Code of medical and sanitary regulations for the guidance of medical officers serving in the Madras Presidency - Volume II
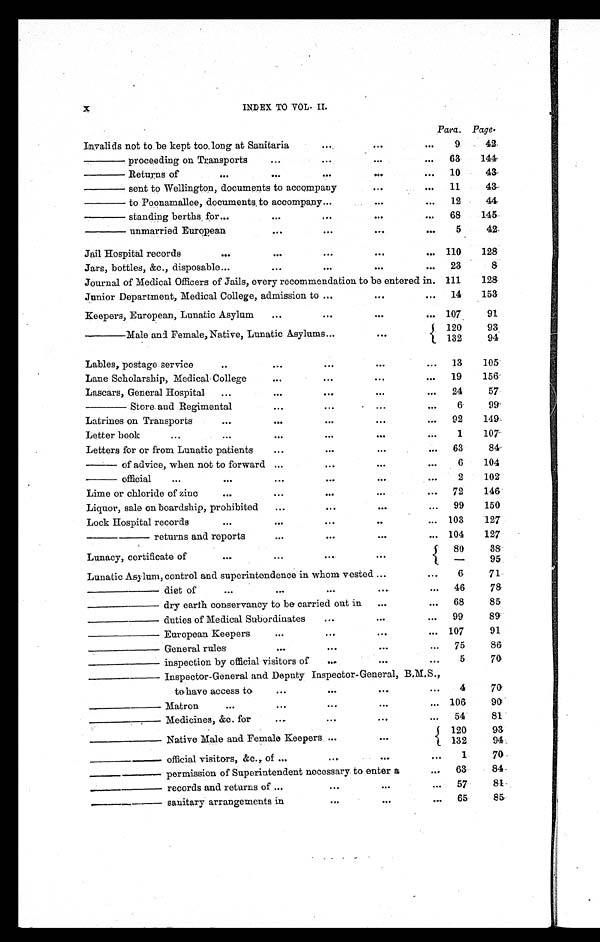
X
INDEX TO VOL. II.
Para. Page.
Invalids not to be kept too long at Sanitaria
...
...
. . .
9
42
—— proceeding on Transports
. . .
. . .
...
...
63
144
—— Returns of
...
. . .
. . .
...
. . . 10
43
—— sent to Wellington, documents to accompany
...
. . .
11
43
—— to Poonamallee, documents to accompany
. . .
...
...
12
44
—— standing berths, for . . .
...
. . .
...
...
68
145
—— unmarried European
. . .
...
...
. . .
5
42
Jail Hospital records
. . .
. . .
...
...
. . . 110
128
Jars, bottles, &c., disposable
. . .
. . .
...
...
. . . 23
8
Journal of Medical Officers of Jails, every recommendation to be entered in. 111
128
Junior Department, Medical College, admission to ...
...
...
14
153
Keepers, European, Lunatic Asylum
...
...
...
... 107
91
—— Male and Female, Native, Lunatic Asylums . . .
...
120
93
132
94
Lables, postage service
..
...
. . .
...
...
13
105
Lane Scholarship, Medical College
...
...
...
...
19
156
Lascars, General Hospital
...
...
. . .
...
. . .
24
57
—— Store and Regimental
...
. . .
...
. . .
6
99
Latrines on Transports
...
. . .
...
...
...
92
149
Letter book
. . .
...
. . .
. . .
...
...
1
107
Letters for or from Lunatic patients
...
...
...
...
63
84
— of advice, when not to forward ...
. . .
...
...
6
104
— official
...
...
. . .
. . .
...
2
102
Lime or chloride of zinc
. . .
. . .
. . .
...
. . .
72
146
Liquor, sale on boardship, prohibited
...
...
...
...
99
150
Lock Hospital records
...
. . .
. . .
..
... 103
127
——— returns and reports
. . .
. . .
...
... 104
127
Lunacy, certificate of
. . .
. . .
. . .
...
80
38
—
95
Lunatic Asylum, control and superintendence in whom vested ...
...
6
71
———— diet of
. . .
...
. . .
...
...
46
78
———— dry earth conservancy to be carried out in
...
...
68
85
———— duties of Medical Subordinates
. . .
...
...
99
89
———— European Keepers
. . .
. . .
...
... 107
91
———— General rules
. . .
. . .
...
...
75
86
———— inspection by official visitors of
. . .
...
...
5
70
———— Inspector-General and Deputy Inspector-General, B.M.S.,
to have access to
. . .
. . .
...
...
4
70
————
Matron
...
...
. . .
...
... 106
9 0
———— Medicines, &c. for
...
. . .
...
...
54
81
———— Native Male and Female Keepers ...
...
120
93
132
94
———— official visitors, &c.,. of ...
...
...
. . .
1
7 0
— — — — p e r m i s s i o n o f S u p e r i n t e n d e n t n e c e s s a r y t o e n t e ra
...
63
84
———— records and returns of ...
...
...
...
57
8 4
———— sanitary arrangements in
. . .
...
. . .
65
85